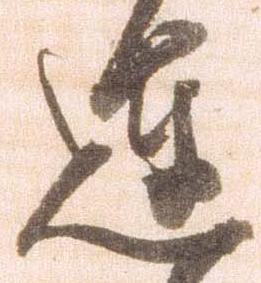
達